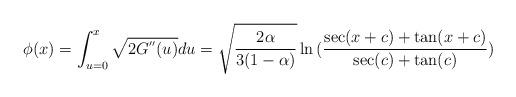
LaTeX: \begin{align*} \phi(x) = \int_{u=0}^{x}\sqrt{2G^{''}(u)}du = \sqrt{\frac{2\alpha}{3(1-\alpha)}}\ln{(\frac{\sec(x+c)+\tan(x+c)}{\sec(c)+ \tan(c)})}\end{align*}